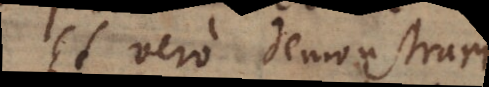
Et vero demonstrari